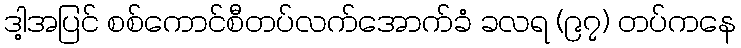
ဒါ့အပြင် စစ်ကောင်စီတပ်လက်အောက်ခံ ခလရ (၉၇) တပ်ကနေ